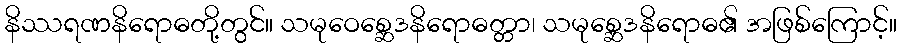
နိဿရဏနိရောဓတို့တွင်။ သမုဝေစ္ဆေဒနိရောဓတ္တာ၊ သမုစ္ဆေဒနိရောဓ၏ အဖြစ်ကြောင့်။